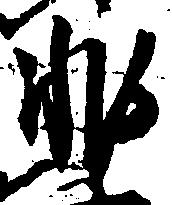
非